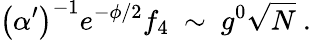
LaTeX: \left(\alpha^{\prime}\right)^{-1}e^{-\phi/2}f_{4}\ \sim\ g^{0}\sqrt{N}\ .